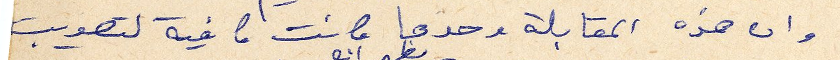
وان هذه المقابلة وحدها كانت كافية لتصويب